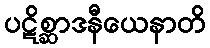
ပဋိစ္ဆာဒနီယေနာတိ